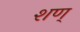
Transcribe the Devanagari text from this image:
शण्